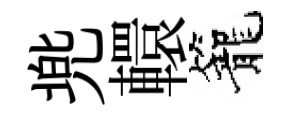
兠轘籠